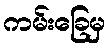
ကမ်းခြေမှ